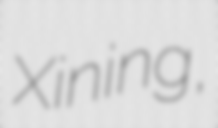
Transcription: Xining,